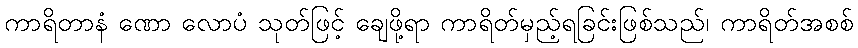
ကာရိတာနံ ဏော လောပံ သုတ်ဖြင့် ချေဖို့ရာ ကာရိတ်မှည့်ရခြင်းဖြစ်သည်၊ ကာရိတ်အစစ်